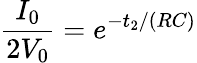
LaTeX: \frac{I_{0}}{2V_{0}}=e^{-t_{2}/(RC)}